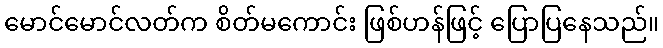
မောင်မောင်လတ်က စိတ်မကောင်း ဖြစ်ဟန်ဖြင့် ပြောပြနေသည်။